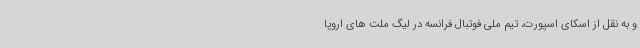
و به نقل از اسکای اسپورت، تیم ملی فوتبال فرانسه در لیگ ملت های اروپا